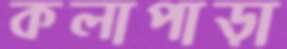
কলাপাড়া